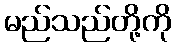
မည်သည်တို့ကို